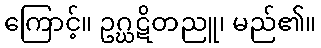
ကြောင့်။ ဥဂ္ဃဋိတညူ၊ မည်၏။